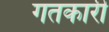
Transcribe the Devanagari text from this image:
गतकारी